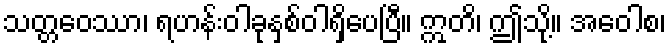
သတ္တဝေဿာ၊ ရဟန်းဝါခုနှစ်ဝါရှိပေပြီ။ ဣတိ၊ ဤသို့။ အဝေါစ၊